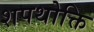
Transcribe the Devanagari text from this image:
शपथोक्ति